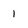
Character: 1